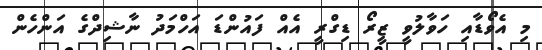
މި އެވޯޑާއި ހަވާލުވީ ޒީރޯ ޑިގްރީ އެއް ފައުންޑަ އަހްމަދު ނާޝިދްގެ އަންހެން